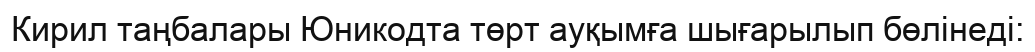
Кирил таңбалары Юникодта төрт ауқымға шығарылып бөлінеді: